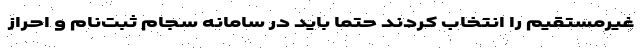
غیرمستقیم را انتخاب کردند حتما باید در سامانه سجام ثبت­نام و احراز